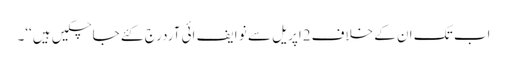
اب تک ان کے خلاف2اپریل سے نو ایف ائی آردرج کئے جاچکیں ہیں‘‘۔